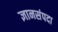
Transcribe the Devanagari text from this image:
ज्ञानसंपदा